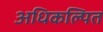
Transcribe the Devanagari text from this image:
अधिकल्पित